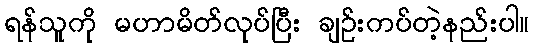
ရန်သူကို မဟာမိတ်လုပ်ပြီး ချဉ်းကပ်တဲ့နည်းပါ။